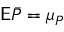
\mathsf E \bar { P } = \mu _ { P }